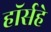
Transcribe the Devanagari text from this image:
हॉर्सहे